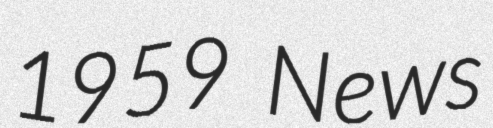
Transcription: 1959 News